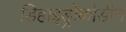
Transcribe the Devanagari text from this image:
डिहाइड्रोकोडीन